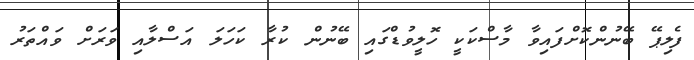
ފެލިޕޭ ބޭނުންކޮށްފައިވާ މާސްކަކީ ހޮލީވުޑްގައި ބޭނުން ކުރާ ކަހަލަ އަސްލާއި ވަރަށް ވައްތަރު